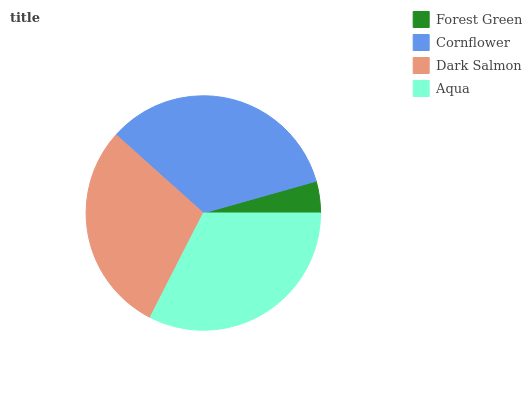
| Forest Green | Cornflower | Dark Salmon | Aqua |
 | --- | --- | --- | --- |
 | 4.38% | 34% | 29.1% | 32.5% |